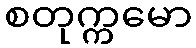
စတုက္ကမော